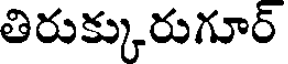
తిరుక్కురుగూర్